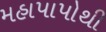
મહાપાપોથી